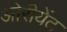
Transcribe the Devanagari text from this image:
ओरीयेंट